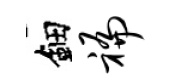
鈿褊